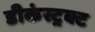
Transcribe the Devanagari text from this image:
डीकंस्ट्रक्ट